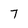
Character: 7